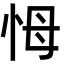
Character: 𢘃